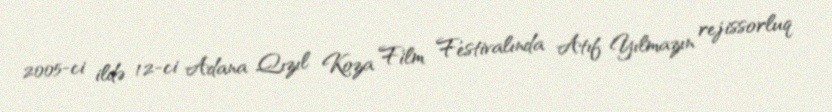
2005-ci ildə 12-ci Adana Qızıl Koza Film Festivalında Atıf Yılmazın rejissorluq